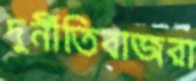
দুর্নীতিবাজরা